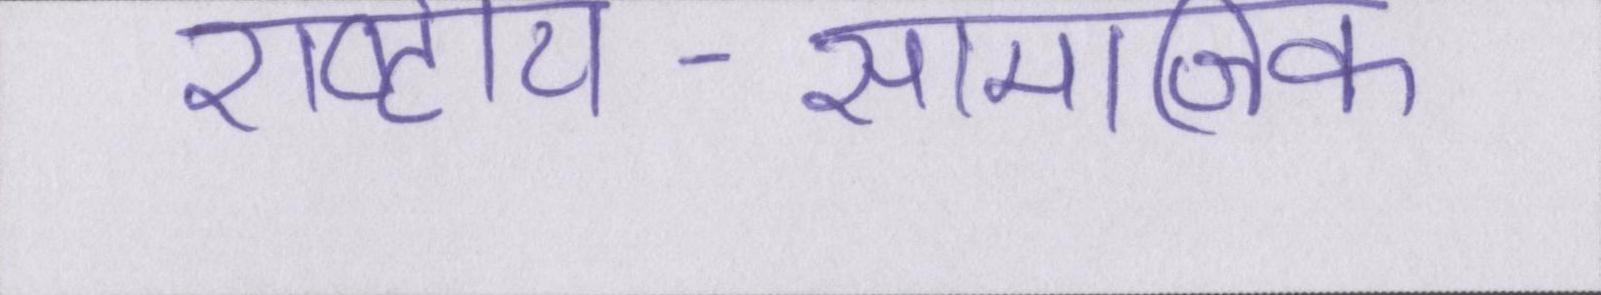
राष्ट्रीय-सामाजिक